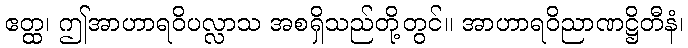
ဧတ္ထ၊ ဤအာဟာရဝိပလ္လာသ အစရှိသည်တို့တွင်။ အာဟာရဝိညာဏဋ္ဌိတီနံ၊